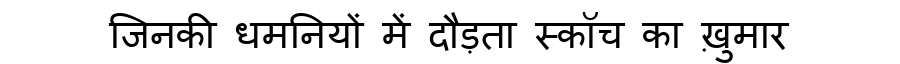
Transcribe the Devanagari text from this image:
जिनकी धमनियों में दौड़ता स्कॉच का ख़ुमार